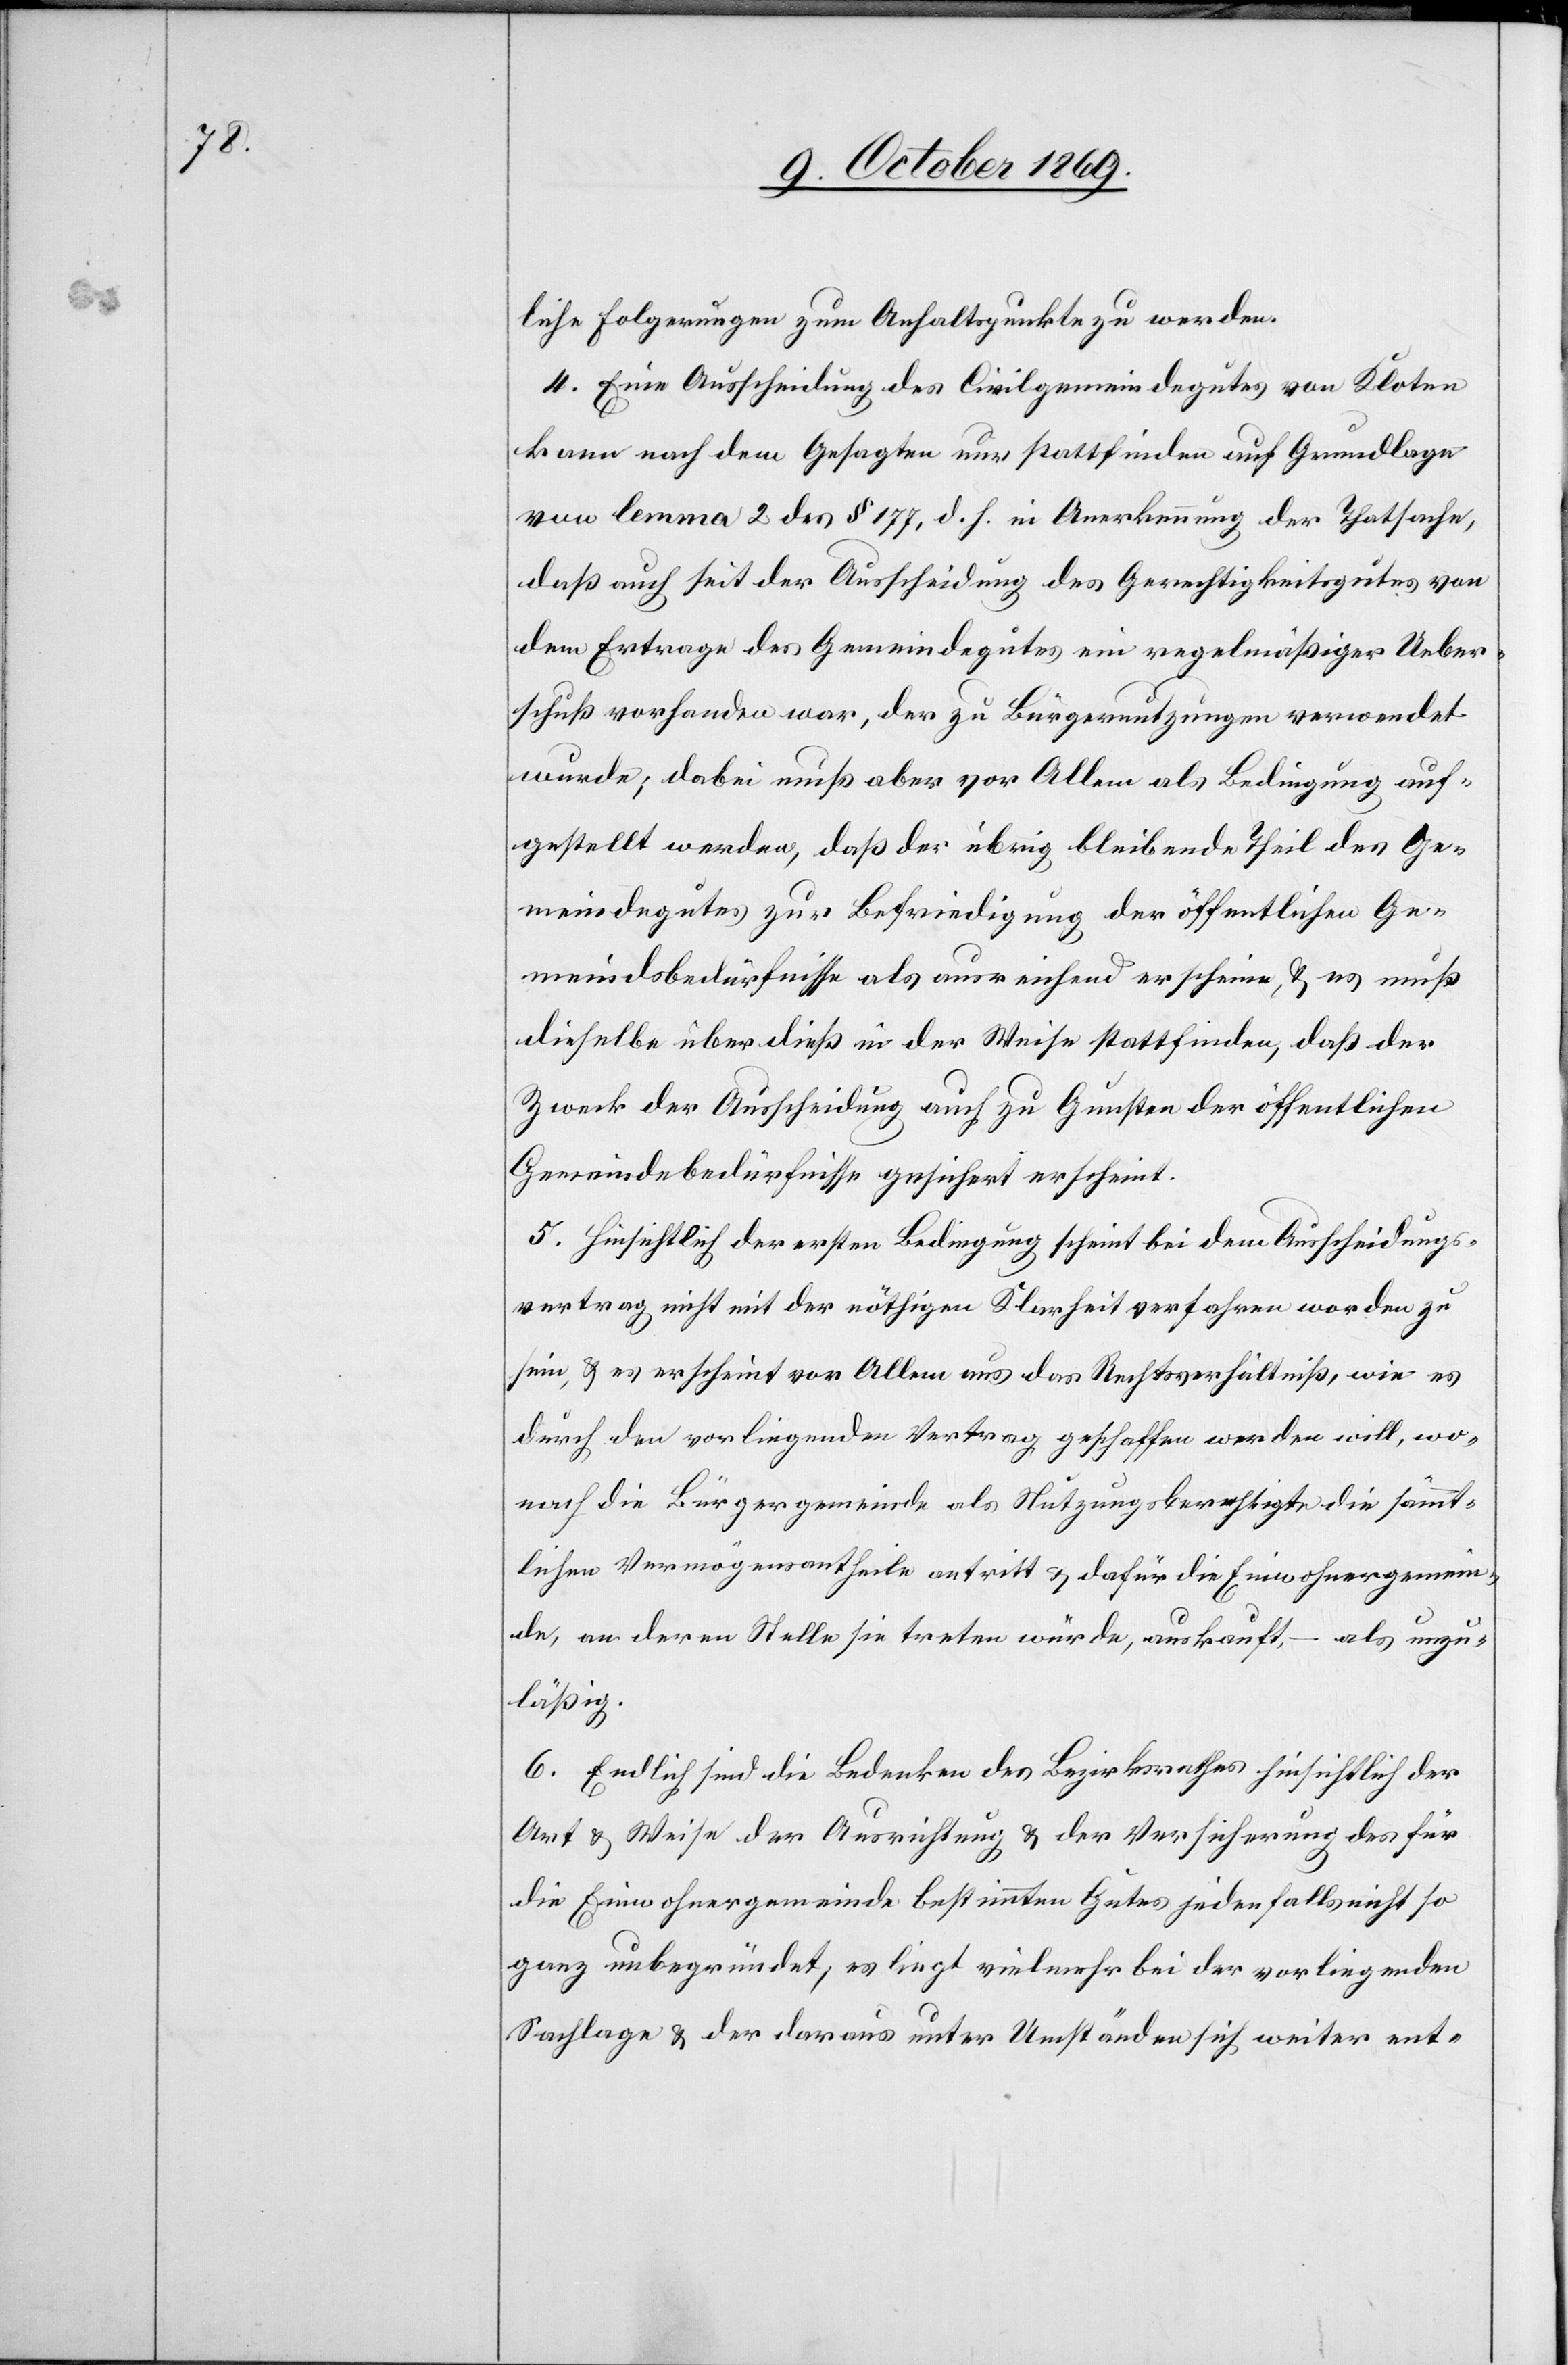
liche Folgerungen zum Anhaltspunkte zu werden.
4. Eine Ausscheidung des Civilgemeindegutes von Kloten
kann nach dem Gesagten nur stattfinden auf Grundlage
von lemma 2 des § 177, d. h. in Anerkennung der Thatsache,
daß auch seit der Ausscheidung des Gerechtigkeitsgutes von
dem Ertrage des Gemeindegutes ein regelmäßiger Ueber¬
schuß vorhanden war, der zu Bürgernutzungen verwendet
wurde; dabei muß aber vor Allem als Bedingung auf¬
gestellt werden, daß der übrig bleibende Theil des Ge¬
meindegutes zur Befriedigung der öffentlichen Ge¬
meindsbedürfnisse als ausreichend erscheine, & es muß
dieselbe überdieß in der Weise stattfinden, daß der
Zweck der Ausscheidung auch zu Gunsten der öffentlichen
Gemeindebedürfnisse gesichert erscheint.
5. Hinsichtlich der ersten Bedingung scheint bei dem Ausscheidungs¬
vertrag nicht mit der nöthigen Klarheit verfahren worden zu
sein, & es erscheint vor Allem aus das Rechtsverhältniß, wie es
durch den vorliegenden Vertrag geschaffen werden will, wo¬
nach die Bürgergemeinde als Nutzungsberechtigte die sämmt¬
lichen Vermögensantheile antritt & dafür die Einwohnergemein¬
de, an deren Stelle sie treten würde, auskauft, – als unzu¬
läßig.
6. Endlich sind die Bedenken des Bezirksrathes hinsichtlich der
Art & Weise der Ausrichtung & der Versicherung des für
die Einwohnergemeinde bestimmten Gutes jedenfalls nicht so
ganz unbegründet, es liegt vielmehr bei der vorliegenden
Sachlage & der daraus unter Umständen sich weiter ent-